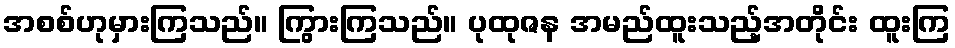
အစစ်ဟုမှားကြသည်။ ကြွားကြသည်။ ပုထုဇန အမည်ထူးသည့်အတိုင်း ထူးကြ